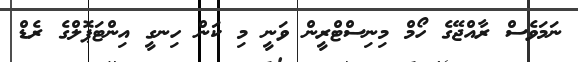
ނަމަވެސް ރާއްޖޭގެ ހޯމް މިނިސްޓްރީން ވަނީ މި ކަން ހިނގީ އިންޓަޕޮލްގެ ރެޑް